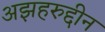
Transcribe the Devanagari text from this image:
अझहरुद्दीन